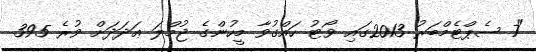
"7 ސެޕްޓެމްބަރު 2013ގައި ވޯޓު ހައްގުވާ މީހުންގެ ޖުމްލަ ޢަދަދަށް ވުރެ 395